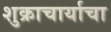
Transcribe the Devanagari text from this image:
शुक्राचार्याचा